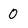
Character: 0